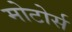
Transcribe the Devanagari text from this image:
मोटोर्स